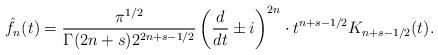
LaTeX: \begin{align*} \hat{f_{n}}(t)=\frac{\pi^{1/2}}{\Gamma(2n+s)2^{2n+s-1/2}}\left(\frac{d}{dt}\pm i\right)^{2n}\cdot t^{n+s-1/2}K_{n+s-1/2}(t).\end{align*}